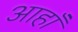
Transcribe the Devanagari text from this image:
आहाँ